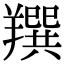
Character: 䍻